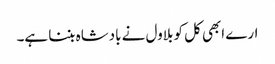
ارے ابھی کل کو بلاول نے بادشاہ بننا ہے۔